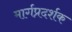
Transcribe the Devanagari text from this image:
मार्गप्रदर्शक